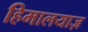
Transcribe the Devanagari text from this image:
हिमालयाज़